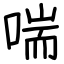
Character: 喘